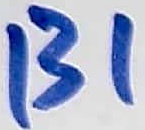
Text: 131